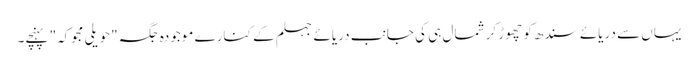
یہاں سے دریائے سندھ کو چھوڑ کر شمال ہی کی جانب دریائے جہلم کے کنارے موجودہ جگہ "حویلی مجوکہ" پہنچے۔